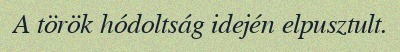
A török hódoltság idején elpusztult.